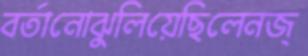
বর্তানোঝুলিয়েছিলেনজ্